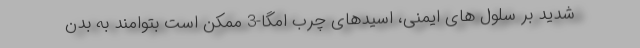
شدید بر سلول های ایمنی، اسیدهای چرب امگا-3 ممکن است بتوامند به بدن